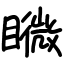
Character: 矀